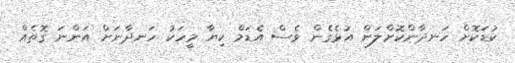
ކުޑަކޮށް ހަނދާންކޮށްލަން އުޅެގެން ވެސް އެޑަމް ކިޔާ މީހަކު ހަނދާނަށް އަންނަ ގޮތެއް